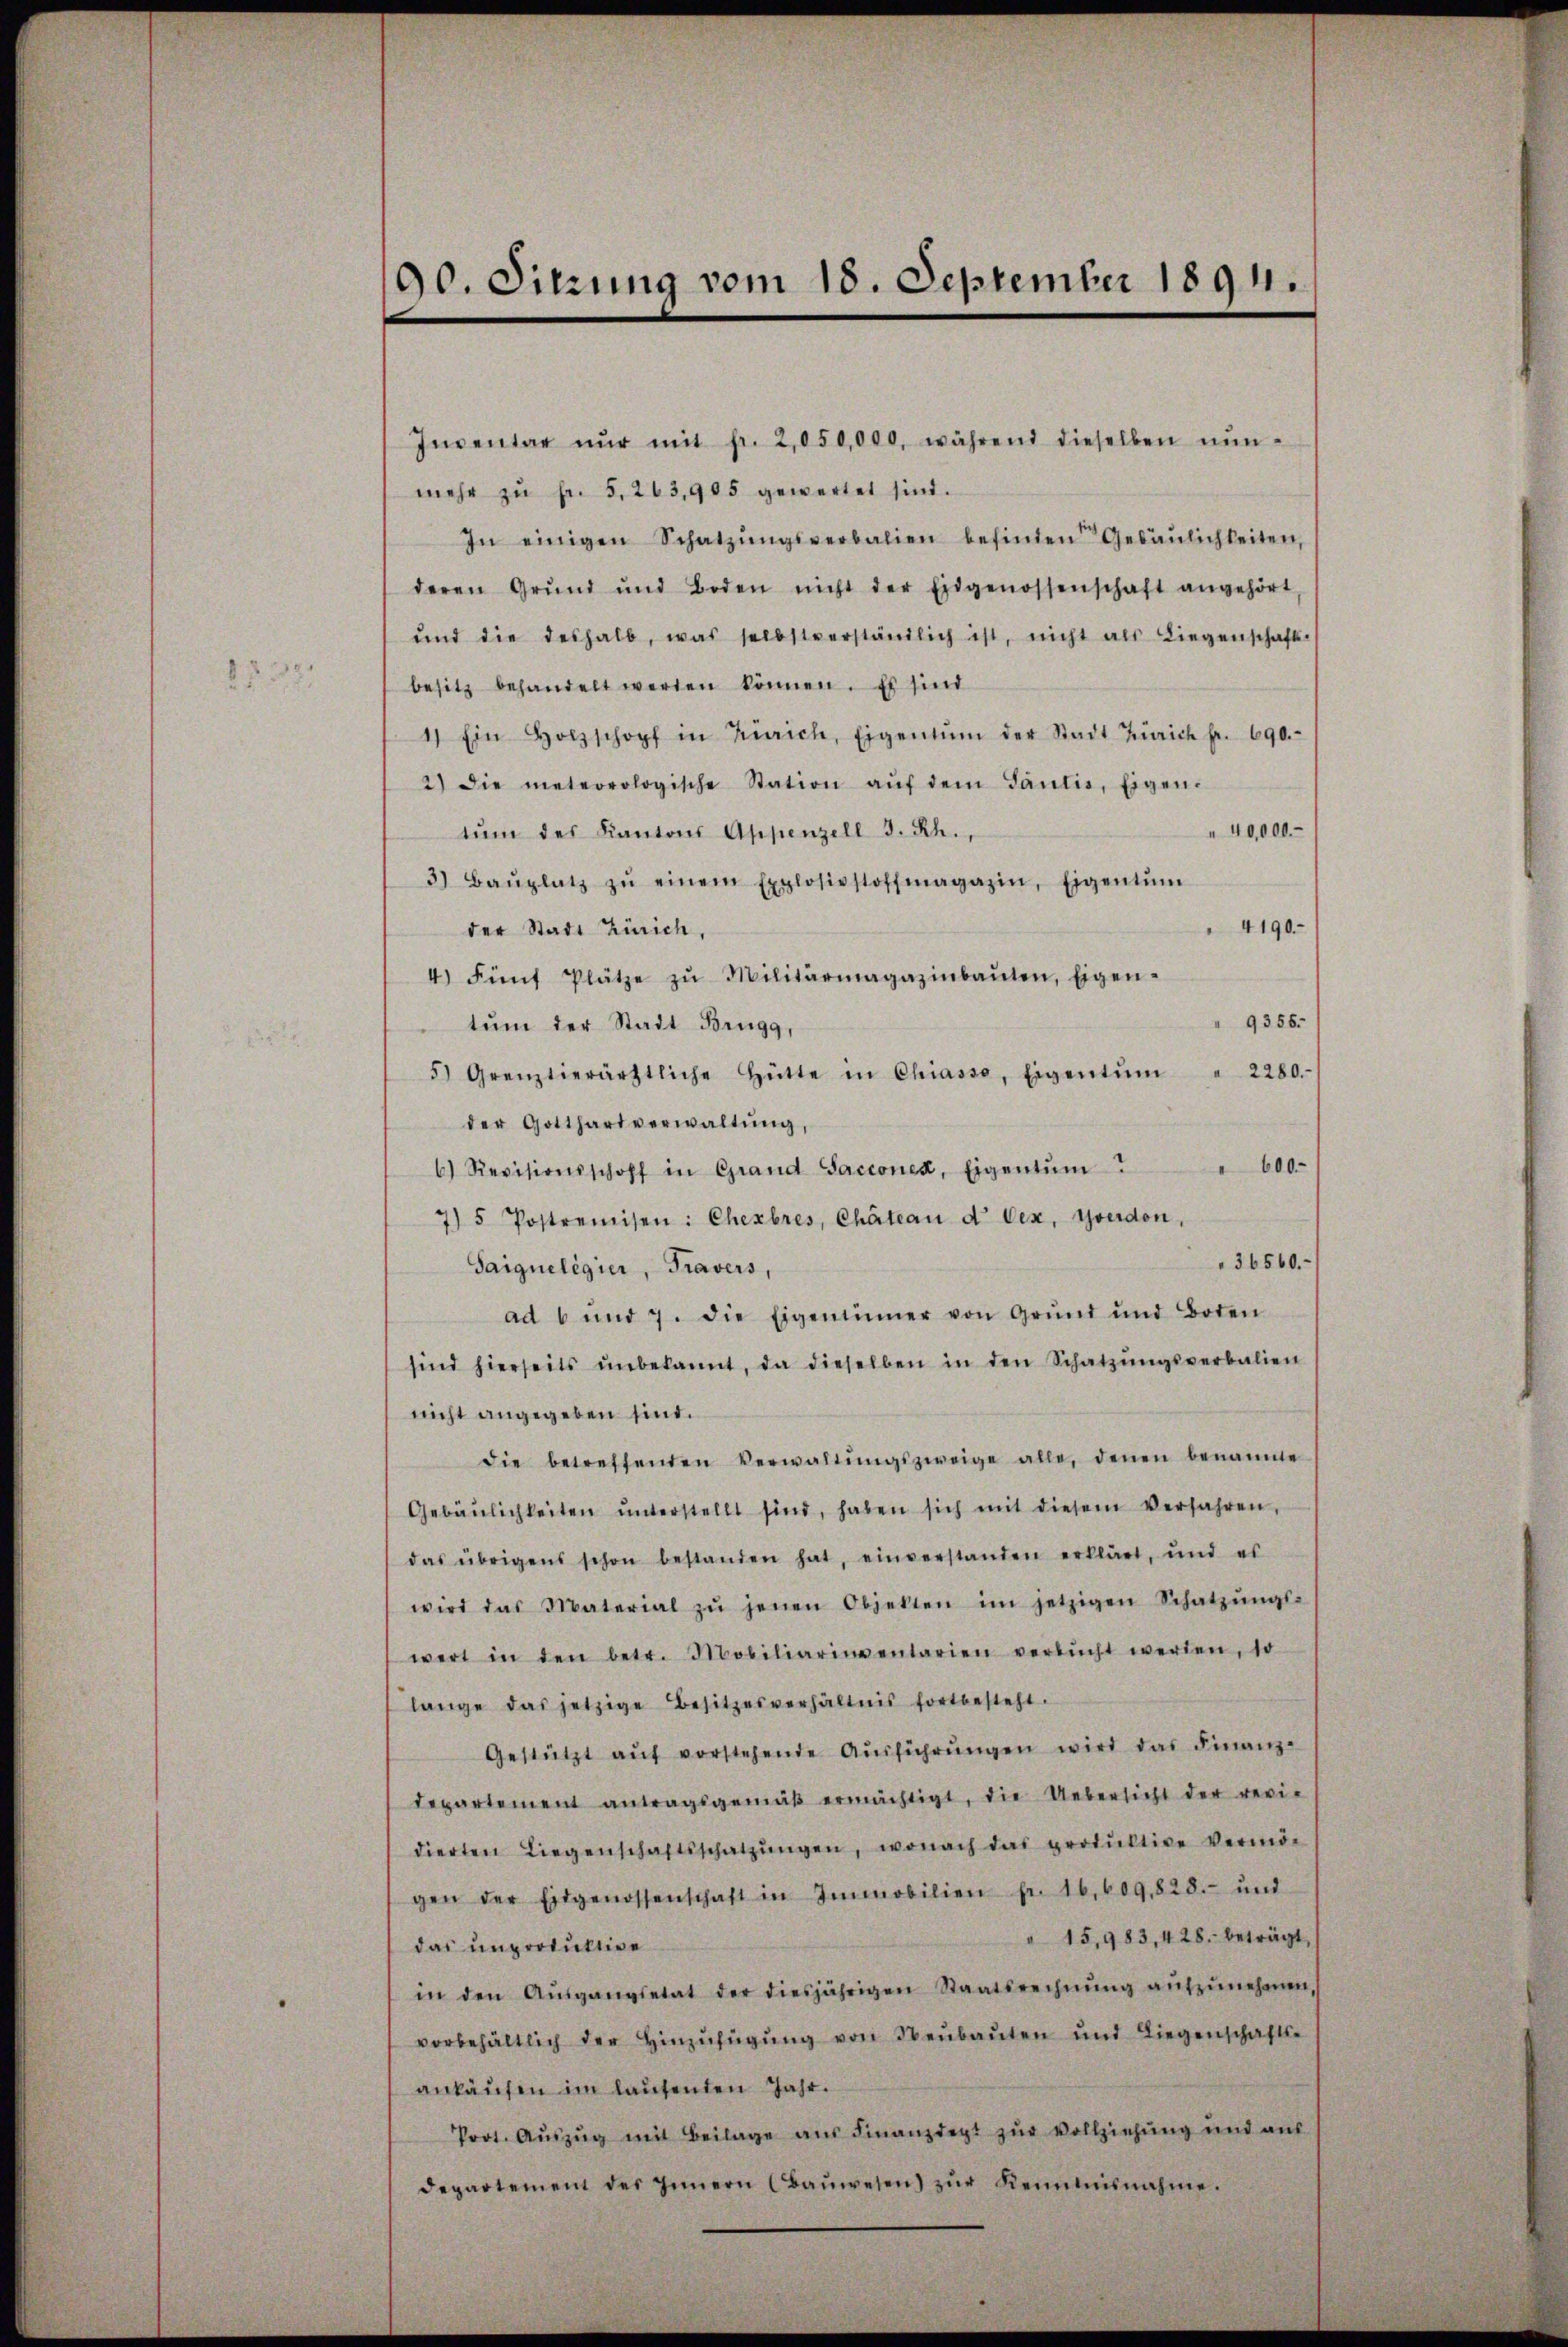
87.

90. Sitzung vom 18. September 1894.

Inventar nŭr mit fr. 2,050,000. während dieselben nŭn-
mehr zŭ fr. 5. 263,905 gewartet sind.
In einigen Schatzŭngsverbalien befinden Gebäŭlichkeiten,
deren Grŭnd und Boden nicht der Eidgenossenschaft angehört,
ŭnd die deshalb, was selbstverständlich ist, nicht als Liegenschafts
besitz behandelt werden können. Es sind
1) Ein Holzschopf in Zürich, Eigentum der Stadt Zürich Fr. 690.
2) die meteorologische Station aŭf dem Tantis, Eigen-
40,000.-
tŭm des Kantons Appenzell I. Rh.,
3) Baŭplatz zŭ einem Explosivstoffmagazin, Eigentum
4190.
der Stadt Zürich,
4) Fünf Plätze zŭ Militärmagazinbaŭten, Eigen-
9355.
tum der Stadt Brugg,
5) Grenztierärztliche Hütte in Chiasso, Eigentŭm " 2280.
der Gotthartverwaltŭng,
600.
6) Revisionsschoff in Grand Sacconen, Eigentum
7) 5 Postremisen: Chexbres, Chäteau d Oex, Yverdon,
36560.
Saigueligier, Travers
ad 6 und 7. die Eigentinner von Grŭnd und Boten
sind hierseits ŭnbekannt, da dieselben in den Schatzŭngsverbalien
nicht angegeben sind.
die betreffenden Verwaltŭngszweige alle, denen benannte
Gebäŭlichkeiten ŭnterstellt sind, haben sich mit diesem verfahren,
das übrigens schon bestanden hat, einverstanden erklärt, und es
wird das Material zŭ jenen Objekten im jetzigen Schatzŭngs-
wert in den betr. Mobiliarinventarien verbŭcht werden, 10
lange das jetzige Besitzesverhältnis fortbesteht.
Gestützt aŭf vorstehende Aŭsführŭngen wird das Finanz-
departement antragsgemäβ ermächtigt, die Uebersicht der revi-
dierten Liegenschaftsschatzŭngen, wonach das produktive Vermö
gen der Eidgenossenschaft in Immobilien fr. 16,609,828. und
" 15,983, 428. beträgt,
das unproduktive
in den Aŭsgangsetat der diesjährigen Staatsrechnŭng aŭfzŭnehmen,
vorbehältlich der hinzŭfügŭng von Neubauten und Liegenschafts-
ankaufen im laufenden Jahr.
Prot. Aŭszŭg mit Beilage aus Finanzdept zur Vollziehung und auf
departement des Innern (Baŭwesen) zŭr Kenntnisnahme.